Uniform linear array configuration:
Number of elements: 32
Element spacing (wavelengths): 1
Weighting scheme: blackman
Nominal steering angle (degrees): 45
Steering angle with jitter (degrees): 43.773
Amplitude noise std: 0.05
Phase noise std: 0.05

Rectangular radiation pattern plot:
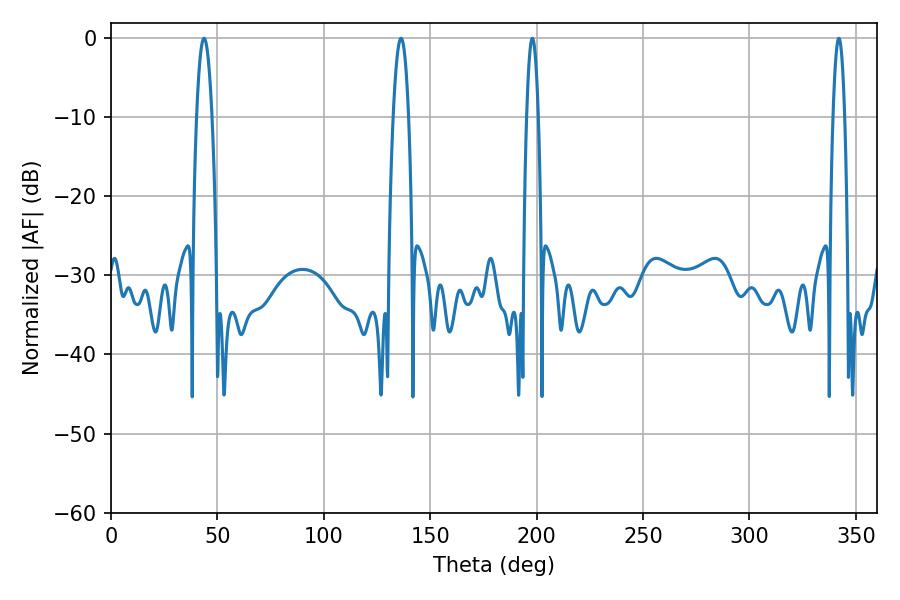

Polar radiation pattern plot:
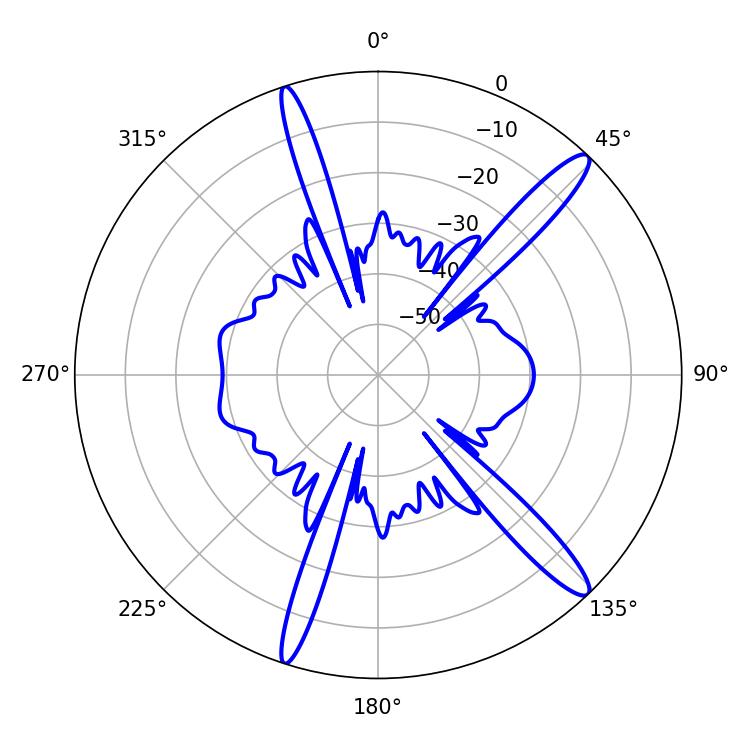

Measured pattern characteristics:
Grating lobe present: TRUE
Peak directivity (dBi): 14.666
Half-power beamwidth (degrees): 2.88
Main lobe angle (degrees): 198